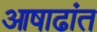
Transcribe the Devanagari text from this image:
आषाढांत